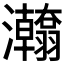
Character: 𱪖